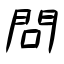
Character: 問